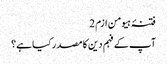
فتنۂ ہیومن ازم 2
آپ کے فہم دین کا مصدر کیا ہے؟